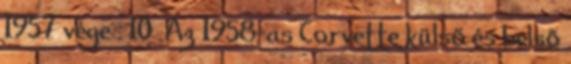
1957 vége . 10 Az 1958-as Corvette külső és belső